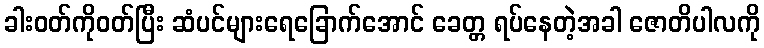
ခါးဝတ်ကိုဝတ်ပြီး ဆံပင်များရေခြောက်အောင် ခေတ္တ ရပ်နေတဲ့အခါ ဇောတိပါလကို